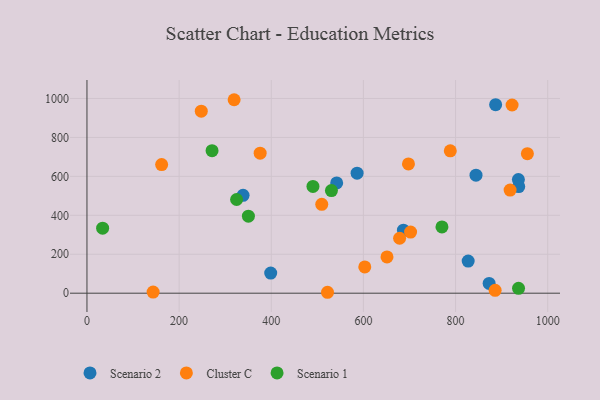
{"axis": {"x": "Investment", "y": "Profit"}, "legend": ["Cluster C", "Scenario 1", "Scenario 2"], "data": [{"x": "338.8", "y": 502.6, "type": "Scenario 2"}, {"x": "686.9", "y": 323.8, "type": "Scenario 2"}, {"x": "586.3", "y": 616.4, "type": "Scenario 2"}, {"x": "844.4", "y": 605.9, "type": "Scenario 2"}, {"x": "398.8", "y": 103.1, "type": "Scenario 2"}, {"x": "827.4", "y": 164.7, "type": "Scenario 2"}, {"x": "936.4", "y": 583.5, "type": "Scenario 2"}, {"x": "542.0", "y": 566.3, "type": "Scenario 2"}, {"x": "937.1", "y": 547.6, "type": "Scenario 2"}, {"x": "872.9", "y": 50.0, "type": "Scenario 2"}, {"x": "887.0", "y": 968.3, "type": "Scenario 2"}, {"x": "522.1", "y": 4.7, "type": "Cluster C"}, {"x": "509.6", "y": 456.1, "type": "Cluster C"}, {"x": "918.4", "y": 529.3, "type": "Cluster C"}, {"x": "697.8", "y": 663.9, "type": "Cluster C"}, {"x": "319.4", "y": 993.5, "type": "Cluster C"}, {"x": "922.7", "y": 966.5, "type": "Cluster C"}, {"x": "603.0", "y": 134.9, "type": "Cluster C"}, {"x": "702.4", "y": 313.9, "type": "Cluster C"}, {"x": "678.6", "y": 282.1, "type": "Cluster C"}, {"x": "143.6", "y": 5.8, "type": "Cluster C"}, {"x": "375.9", "y": 718.8, "type": "Cluster C"}, {"x": "955.9", "y": 716.7, "type": "Cluster C"}, {"x": "788.6", "y": 731.1, "type": "Cluster C"}, {"x": "651.2", "y": 186.2, "type": "Cluster C"}, {"x": "162.1", "y": 660.6, "type": "Cluster C"}, {"x": "885.9", "y": 14.6, "type": "Cluster C"}, {"x": "248.1", "y": 934.6, "type": "Cluster C"}, {"x": "770.5", "y": 340.4, "type": "Scenario 1"}, {"x": "324.8", "y": 481.0, "type": "Scenario 1"}, {"x": "271.5", "y": 731.9, "type": "Scenario 1"}, {"x": "34.0", "y": 334.1, "type": "Scenario 1"}, {"x": "350.4", "y": 395.3, "type": "Scenario 1"}, {"x": "530.6", "y": 526.8, "type": "Scenario 1"}, {"x": "490.5", "y": 548.5, "type": "Scenario 1"}, {"x": "936.7", "y": 25.1, "type": "Scenario 1"}]}